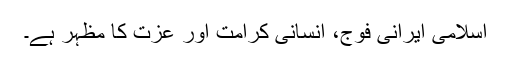
اسلامی ایرانی فوج، انسانی کرامت اور عزت کا مظہر ہے۔